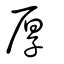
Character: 厚